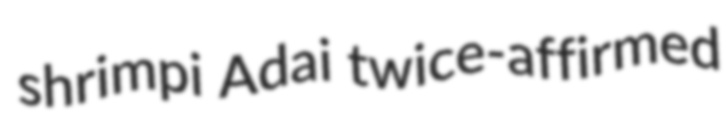
shrimpi Adai twice-affirmed